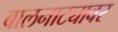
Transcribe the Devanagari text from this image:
बालनाट्यावर